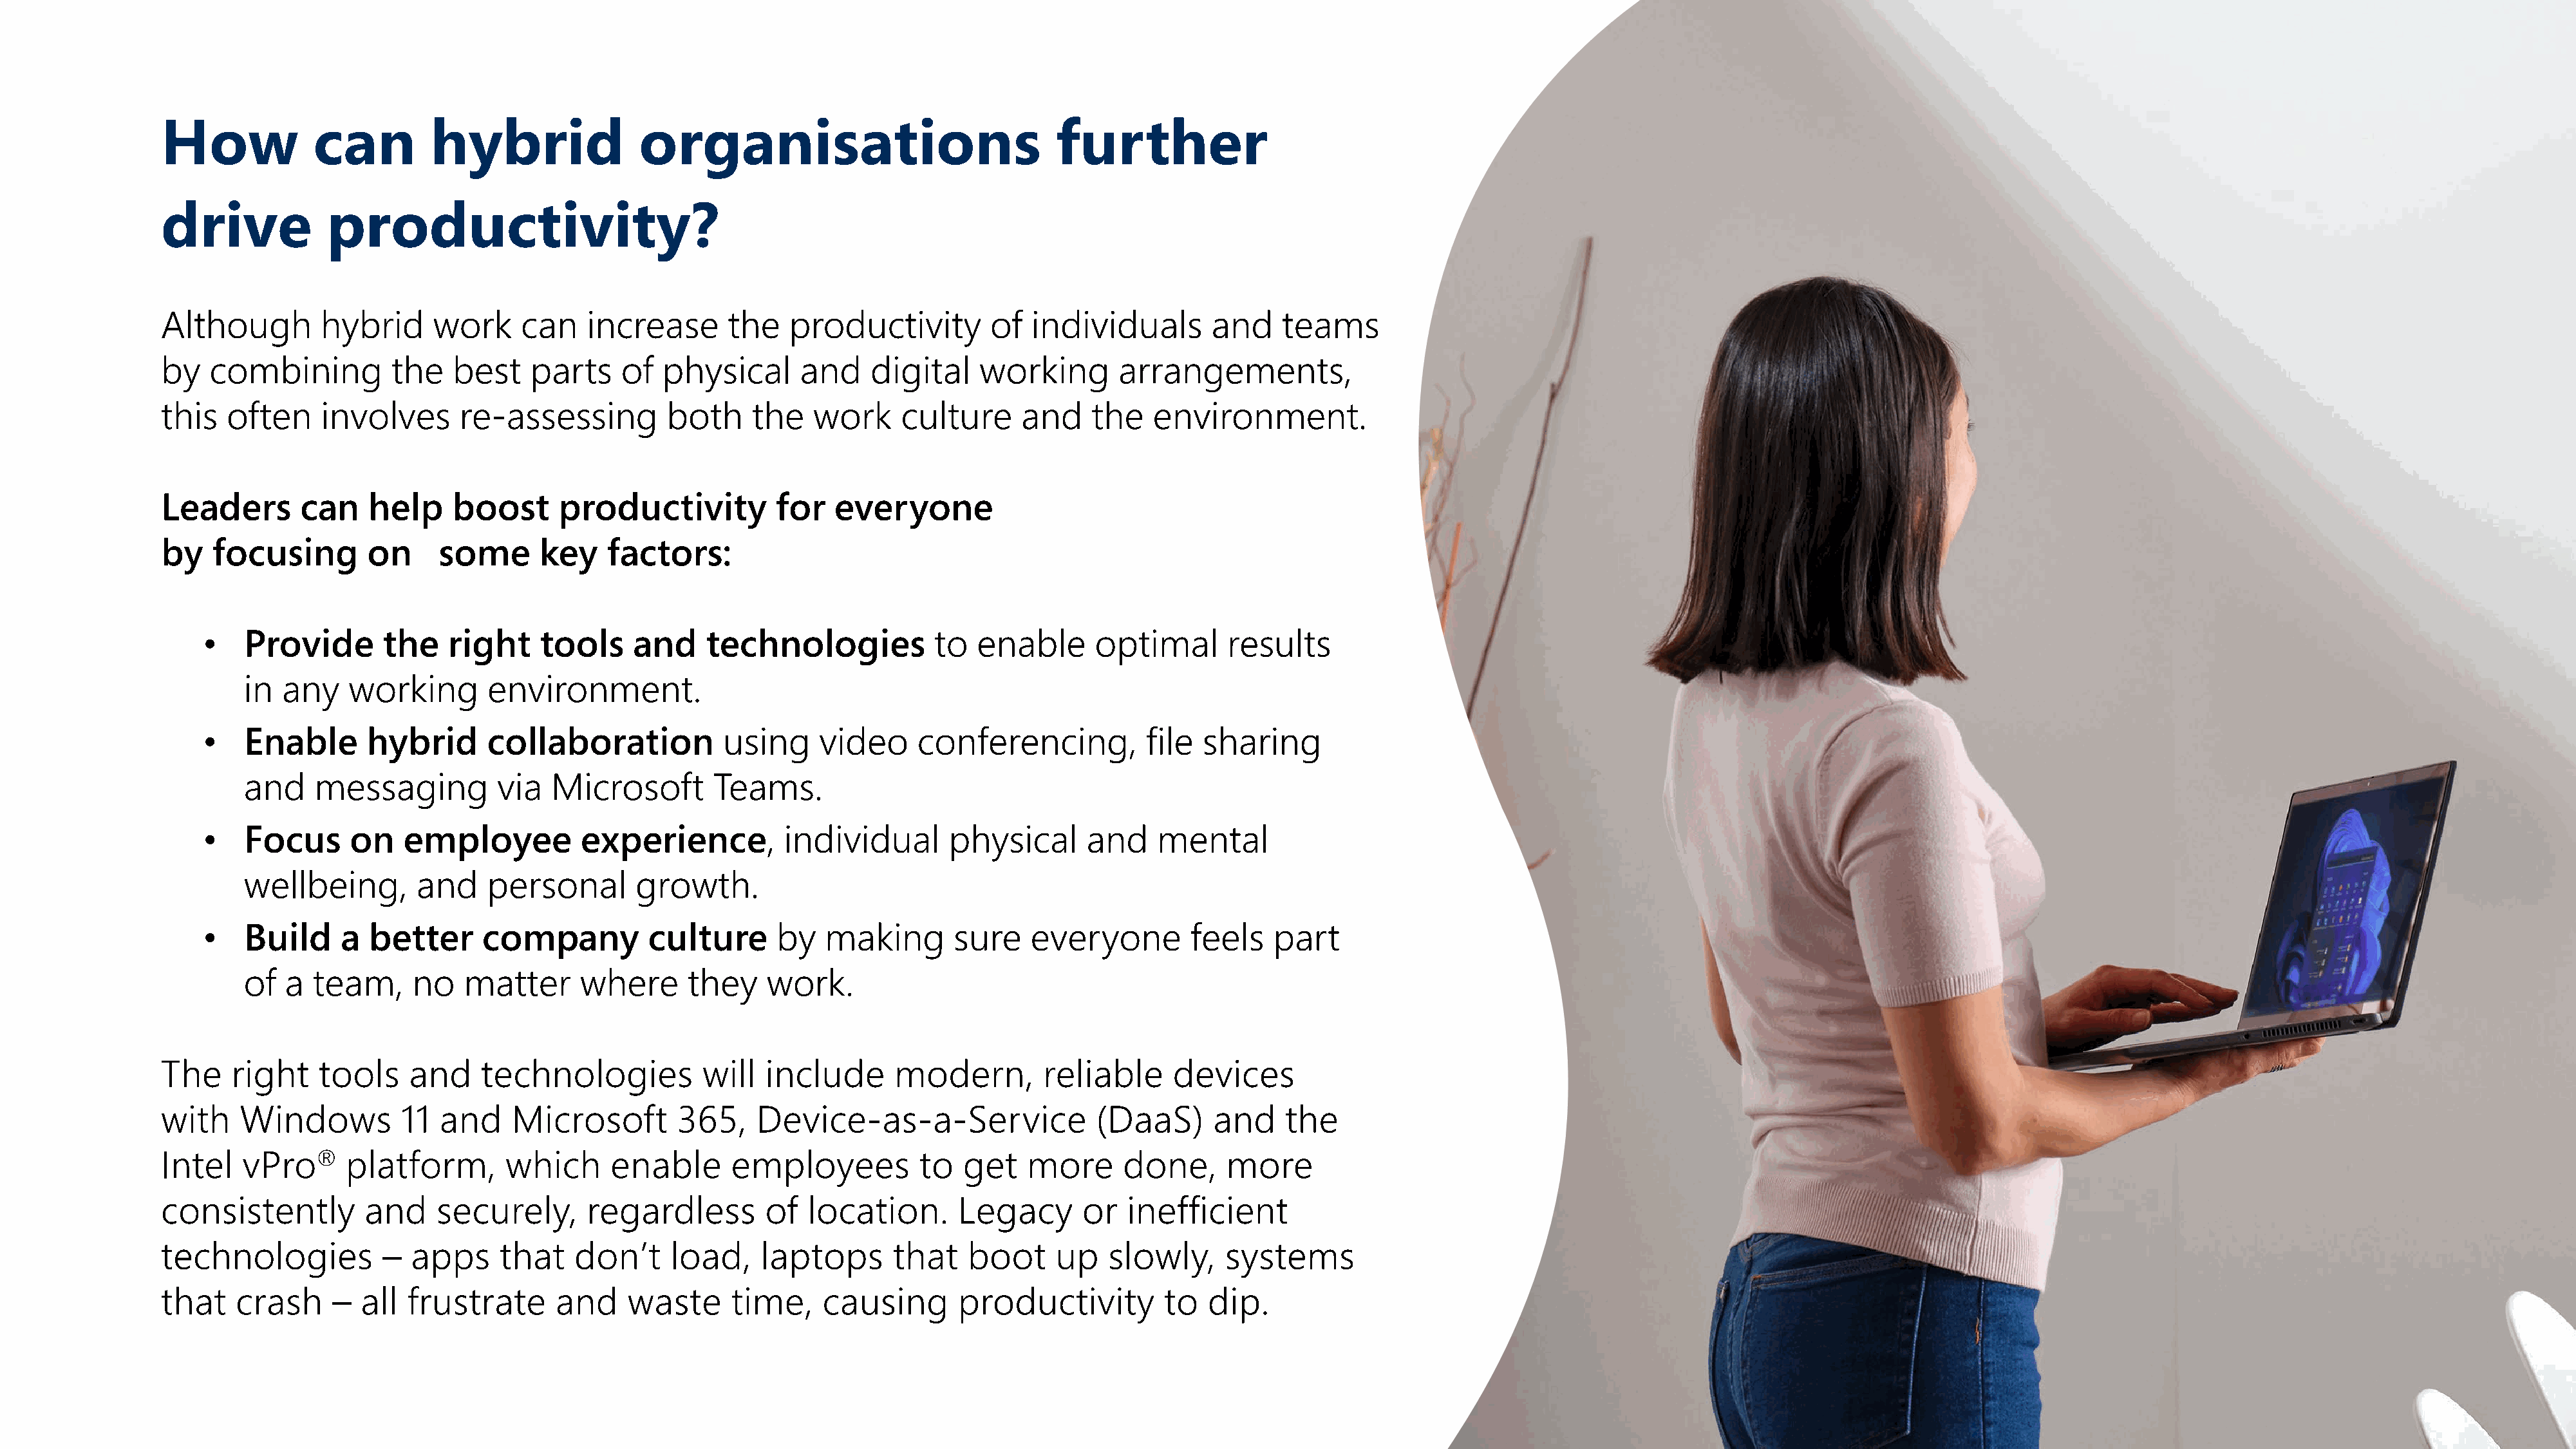
How            can         hybrid                organisations                              further
 drive            productivity?
 Although        hybrid      work     can   increase       the   productivity         of  individuals        and    teams
 by   combining         the    best   parts     of  physical      and    digital     working       arrangements,
 this  often     involves      re-assessing          both    the    work     culture     and    the    environment.
 Leaders       can    help    boost      productivity           for   everyone
 by   focusing        on     some      key    factors:
 •   Provide       the    right     tools    and     technologies           to  enable       optimal      results
 in  any    working       environment.
 •   Enable       hybrid      collaboration           using     video     conferencing,           file  sharing
 and    messaging          via   Microsoft       Teams.
 •   Focus      on   employee           experience,          individual       physical      and    mental
 wellbeing,        and    personal       growth.
 •   Build     a  better      company          culture      by   making       sure    everyone        feels    part
 of  a  team,     no    matter      where      they    work.
 The    right    tools    and    technologies           will   include      modern,        reliable      devices
 with    Windows         11  and     Microsoft        365,    Device-as-a-Service                (DaaS)      and    the
 Intel   vPro®      platform,       which      enable      employees           to  get    more     done,      more
 consistently        and     securely,      regardless         of  location.      Legacy       or   inefficient
 technologies          –  apps     that    don’t     load,    laptops       that   boot      up   slowly,     systems
 that   crash     –  all  frustrate      and     waste     time,     causing      productivity          to  dip.